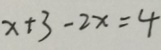
x + 3 - 2 x = 4